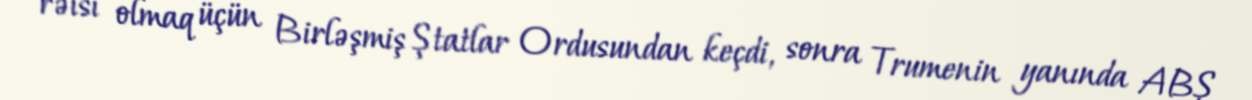
rəisi olmaq üçün Birləşmiş Ştatlar Ordusundan keçdi, sonra Trumenin yanında ABŞ